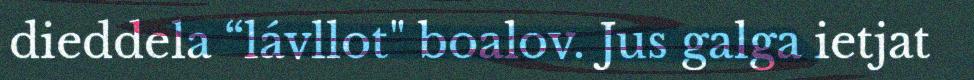
dieddela “lávllot" boalov. Jus galga ietjat